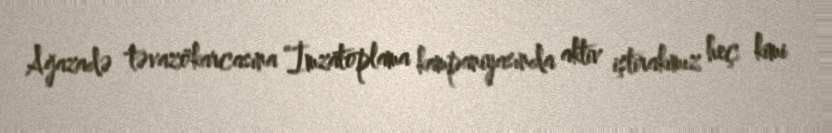
Ağazadə təvazökarcasına “İmzatoplama kampaniyasında aktiv iştirakımız heç kimi